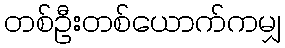
တစ်ဦးတစ်ယောက်ကမျှ